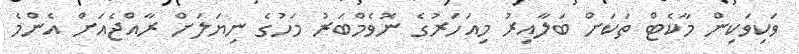
ވަކިވަކިން މާކެޓް ތަކަށް ބަލާއިރު މިއަހަރުގެ ނޮވެމްބަރު މަހުގެ ނިޔަލަށް ރާއްޖެއަށް އެންމެ